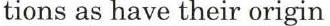
tions as have their origin